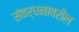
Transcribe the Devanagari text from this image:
संवर्धनावरील